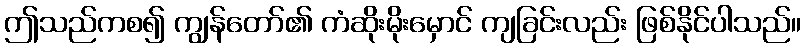
ဤသည်ကစ၍ ကျွန်တော်၏ ကံဆိုးမိုးမှောင် ကျခြင်းလည်း ဖြစ်နိုင်ပါသည်။